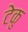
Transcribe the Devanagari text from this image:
टेकु